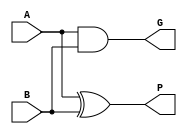
module PG_Generator(A,B,P,G);

	input [15:0] A;
	input [15:0] B;
	output [15:0] P;
	output [15:0] G;

	assign P = A^B;
	assign G = A&B;

endmodule